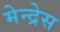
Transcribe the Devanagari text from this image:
मेन्द्रेस